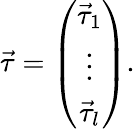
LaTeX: \vec{\tau}=\left(\begin{array}{l}{\begin{array}{c}{\vec{\tau}_{1}}\\ {\vdots}\\ {\vec{\tau}_{l}}\end{array}}\end{array}\right).